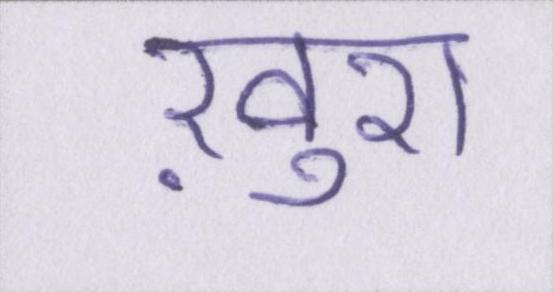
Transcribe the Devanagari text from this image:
ख़ुश